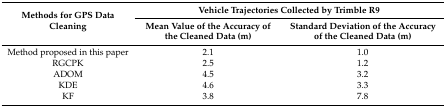
<table><thead><tr><td rowspan="2"><b>Methods for GPS Data Cleaning</b></td><td colspan="2"><b>Vehicle Trajectories Collected by Trimble R9</b></td></tr><tr><td><b>Mean Value of the Accuracy of the Cleaned Data (m)</b></td><td><b>Standard Deviation of the Accuracy of the Cleaned Data (m)</b></td></tr></thead><tbody><tr><td>Method proposed in this paper</td><td>2.1</td><td>1.0</td></tr><tr><td>RGCPK</td><td>2.5</td><td>1.2</td></tr><tr><td>ADOM</td><td>4.5</td><td>3.2</td></tr><tr><td>KDE</td><td>4.6</td><td>3.3</td></tr><tr><td>KF</td><td>3.8</td><td>7.8</td></tr></tbody></table>